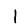
Digit: 1